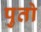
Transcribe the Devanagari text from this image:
पुतो